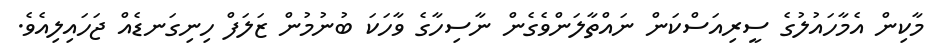
މާކިން އެމާހައުލުގެ ސީރިއަސްކަން ނައްތާލަންވެގެން ނާސިހާގެ ވާހަކަ ބުނުމުން ޒަލަފް ހިނިގަނޑެއް ޖަހައިލިއެވެ.